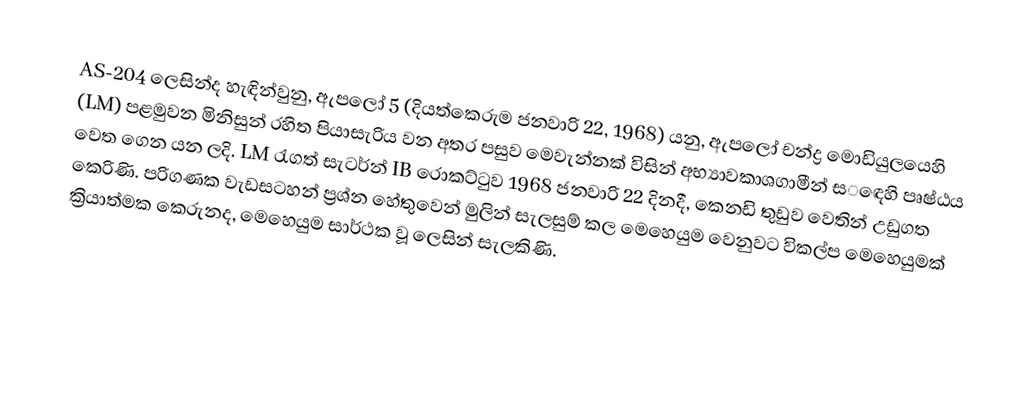
AS-204 ලෙසින්ද හැඳින්වුනු, ඇපලෝ 5 (දියත්කෙරුම ජනවාරි 22, 1968) යනු, ඇපලෝ චන්ද්‍ර මොඩියුලයෙහි (LM) පළමුවන මිනිසුන් රහිත පියාසැරිය වන අතර පසුව මෙවැන්නක් විසින් අභ්‍යාවකාශගාමීන් ස‌‌ඳෙහි පෘෂ්ඨය වෙත ගෙන යන ලදි. LM රැගත්  සැටර්න් IB රොකට්ටුව 1968 ජනවාරි 22 දිනදී, කෙනඩි තුඩුව වෙතින් උඩුගත කෙරිණි. පරිගණක වැඩසටහන් ප්‍රශ්න හේතුවෙන් මුලින් සැලසුම් කල මෙහෙයුම වෙනුවට විකල්ප මෙහෙයුමක් ක්‍රියාත්මක කෙරුනද, මෙහෙයුම සාර්ථක වූ ලෙසින් සැලකිණි.